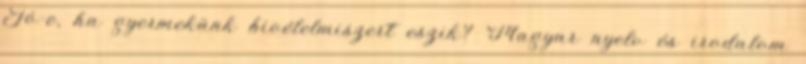
Jó-e, ha gyermekünk bioélelmiszert eszik? Magyar nyelv és irodalom